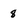
Character: 8